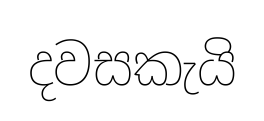
දවසකැයි